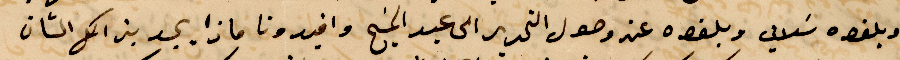
وبلغوه سلامي وبلغوه عن وصول التحرير الى عبد المسيح وافيدونا ماذا يجد بين اهل الشأن